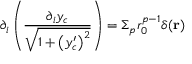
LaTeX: \partial _ { i } \left( \frac { \partial _ { i } y _ { c } } { \sqrt { 1 + \left( y _ { c } ^ { \prime } \right) ^ { 2 } } } \right) = \Sigma _ { p } r _ { 0 } ^ { p - 1 } \delta ( { \bf r } )